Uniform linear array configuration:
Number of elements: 24
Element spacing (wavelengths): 0.5
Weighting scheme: kaiser
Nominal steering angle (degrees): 0
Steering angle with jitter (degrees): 1.397
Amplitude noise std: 0.05
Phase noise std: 0.05

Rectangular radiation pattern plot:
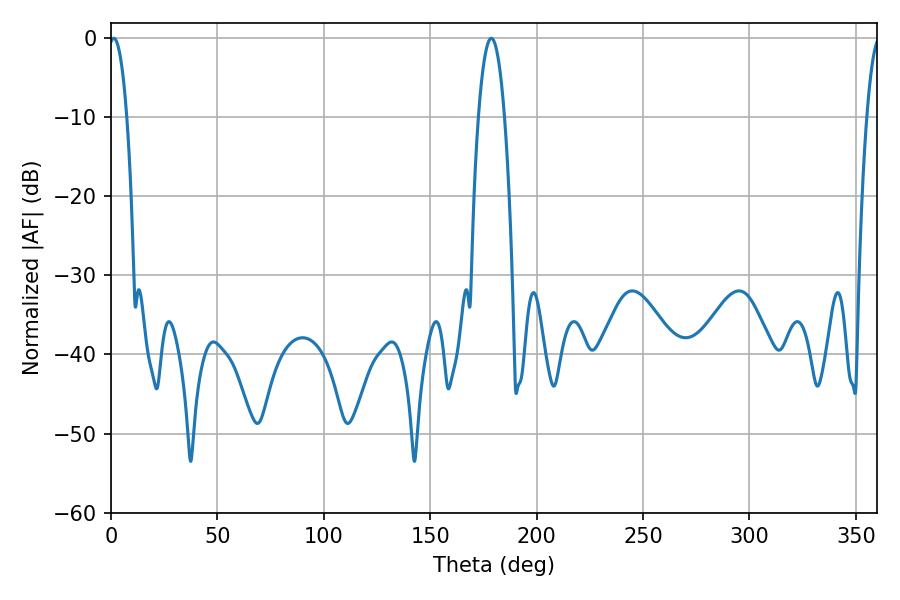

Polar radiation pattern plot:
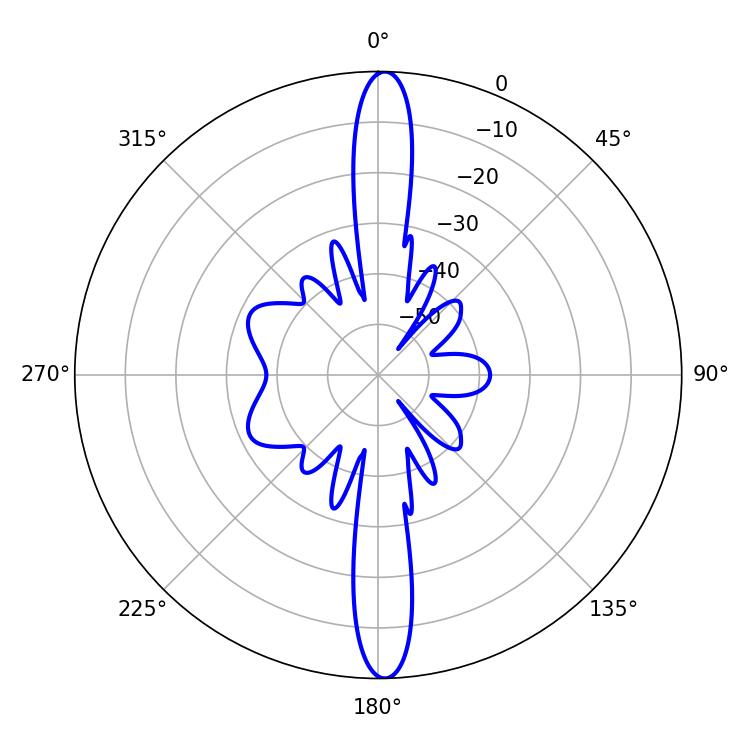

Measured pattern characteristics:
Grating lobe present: FALSE
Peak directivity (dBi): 25.837
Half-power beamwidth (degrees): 4.68
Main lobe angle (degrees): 1.26